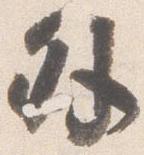
外